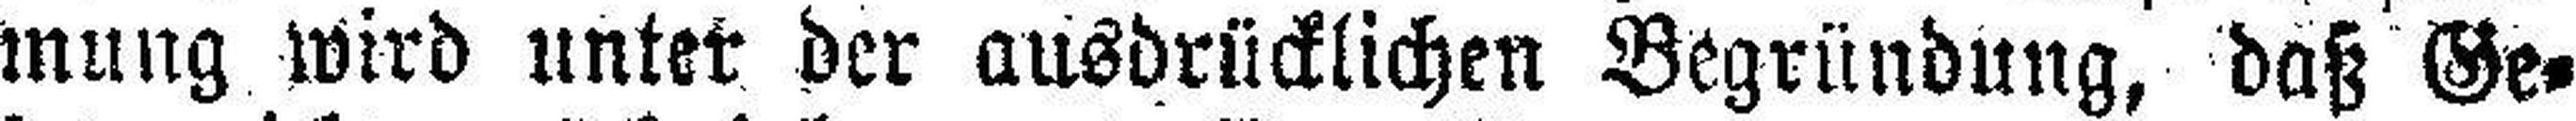
mung wird unter der ausdrücklichen Begründung, daß Ge¬